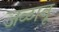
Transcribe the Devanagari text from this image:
जळावू